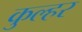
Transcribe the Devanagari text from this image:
कुल्हर